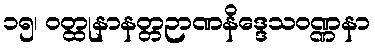
၁၅၊ ဝတ္ထုနာနတ္တဉာဏနိဒ္ဒေသဝဏ္ဏနာ